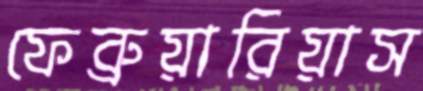
ফেব্রুয়ারিয়াস